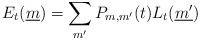
LaTeX: \begin{align*}E_t(\underline{m})=\sum_{m'}P_{m, m'}(t)L_t(\underline{m'})\end{align*}